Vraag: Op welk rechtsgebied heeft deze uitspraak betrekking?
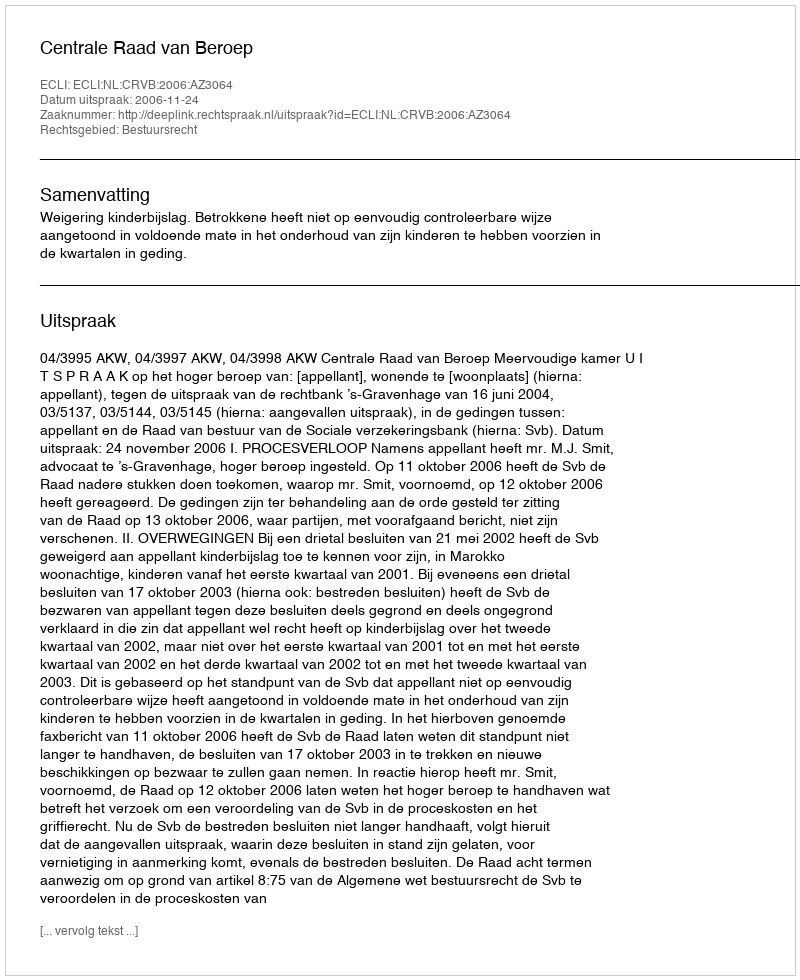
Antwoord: Bestuursrecht